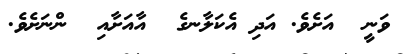
ވަނީ  އަށެވެ. އަދި އެކަލާނގެ  އާއަށާއި  ންނަށެވެ.